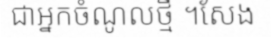
ជាអ្នកចំណូលថ្មី ។សែង